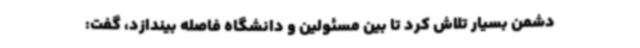
دشمن بسیار تلاش کرد تا بین مسئولین و دانشگاه فاصله بیندازد، گفت: